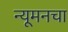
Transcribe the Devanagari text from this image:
न्यूमनचा